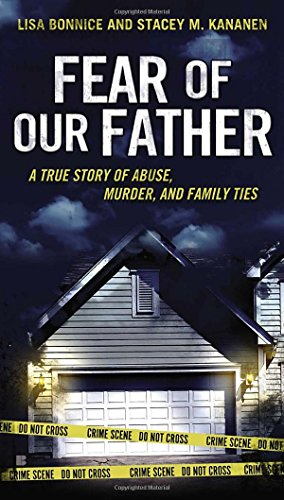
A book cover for Fear of Our Father: The True Story of Abuse, Murder, and Family Ties; Lisa Bonnice; Biographies & Memoirs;